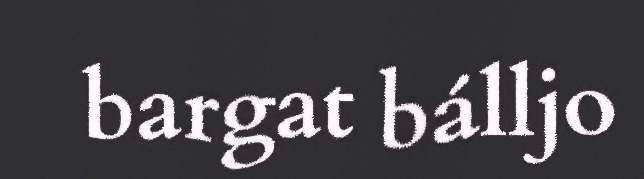
bargat bálljo